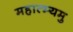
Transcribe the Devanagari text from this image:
महात्म्यमु